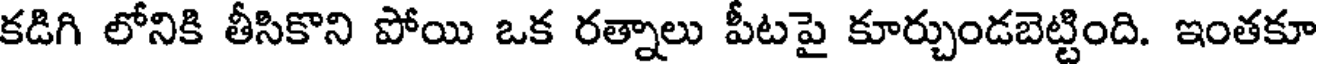
కడిగి లోనికి తీసికొని పోయి ఒక రత్నాలు పీటపై కూర్చుండబెట్టింది. ఇంతకూ